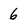
Character: 6